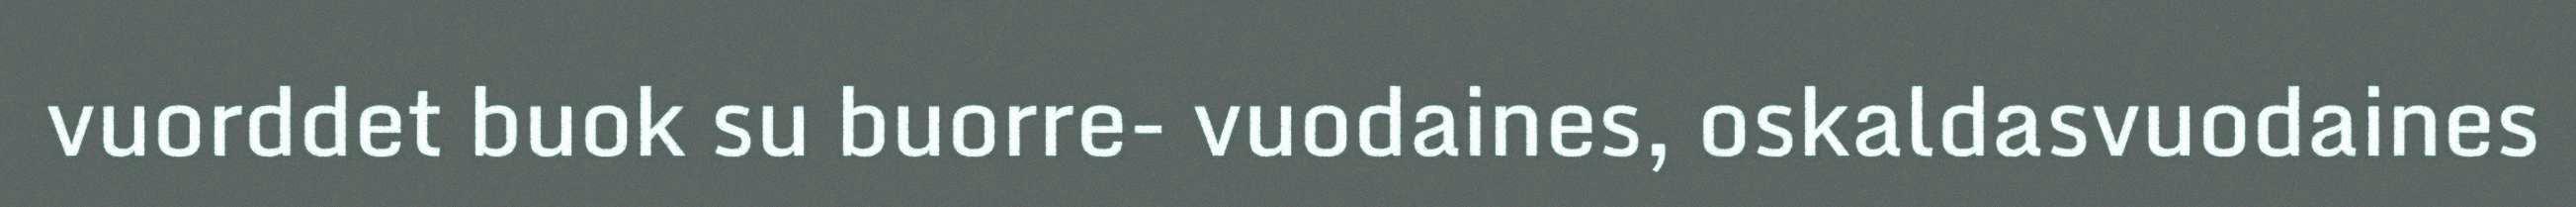
vuorddet buok su buorre- vuodaines, oskaldasvuodaines